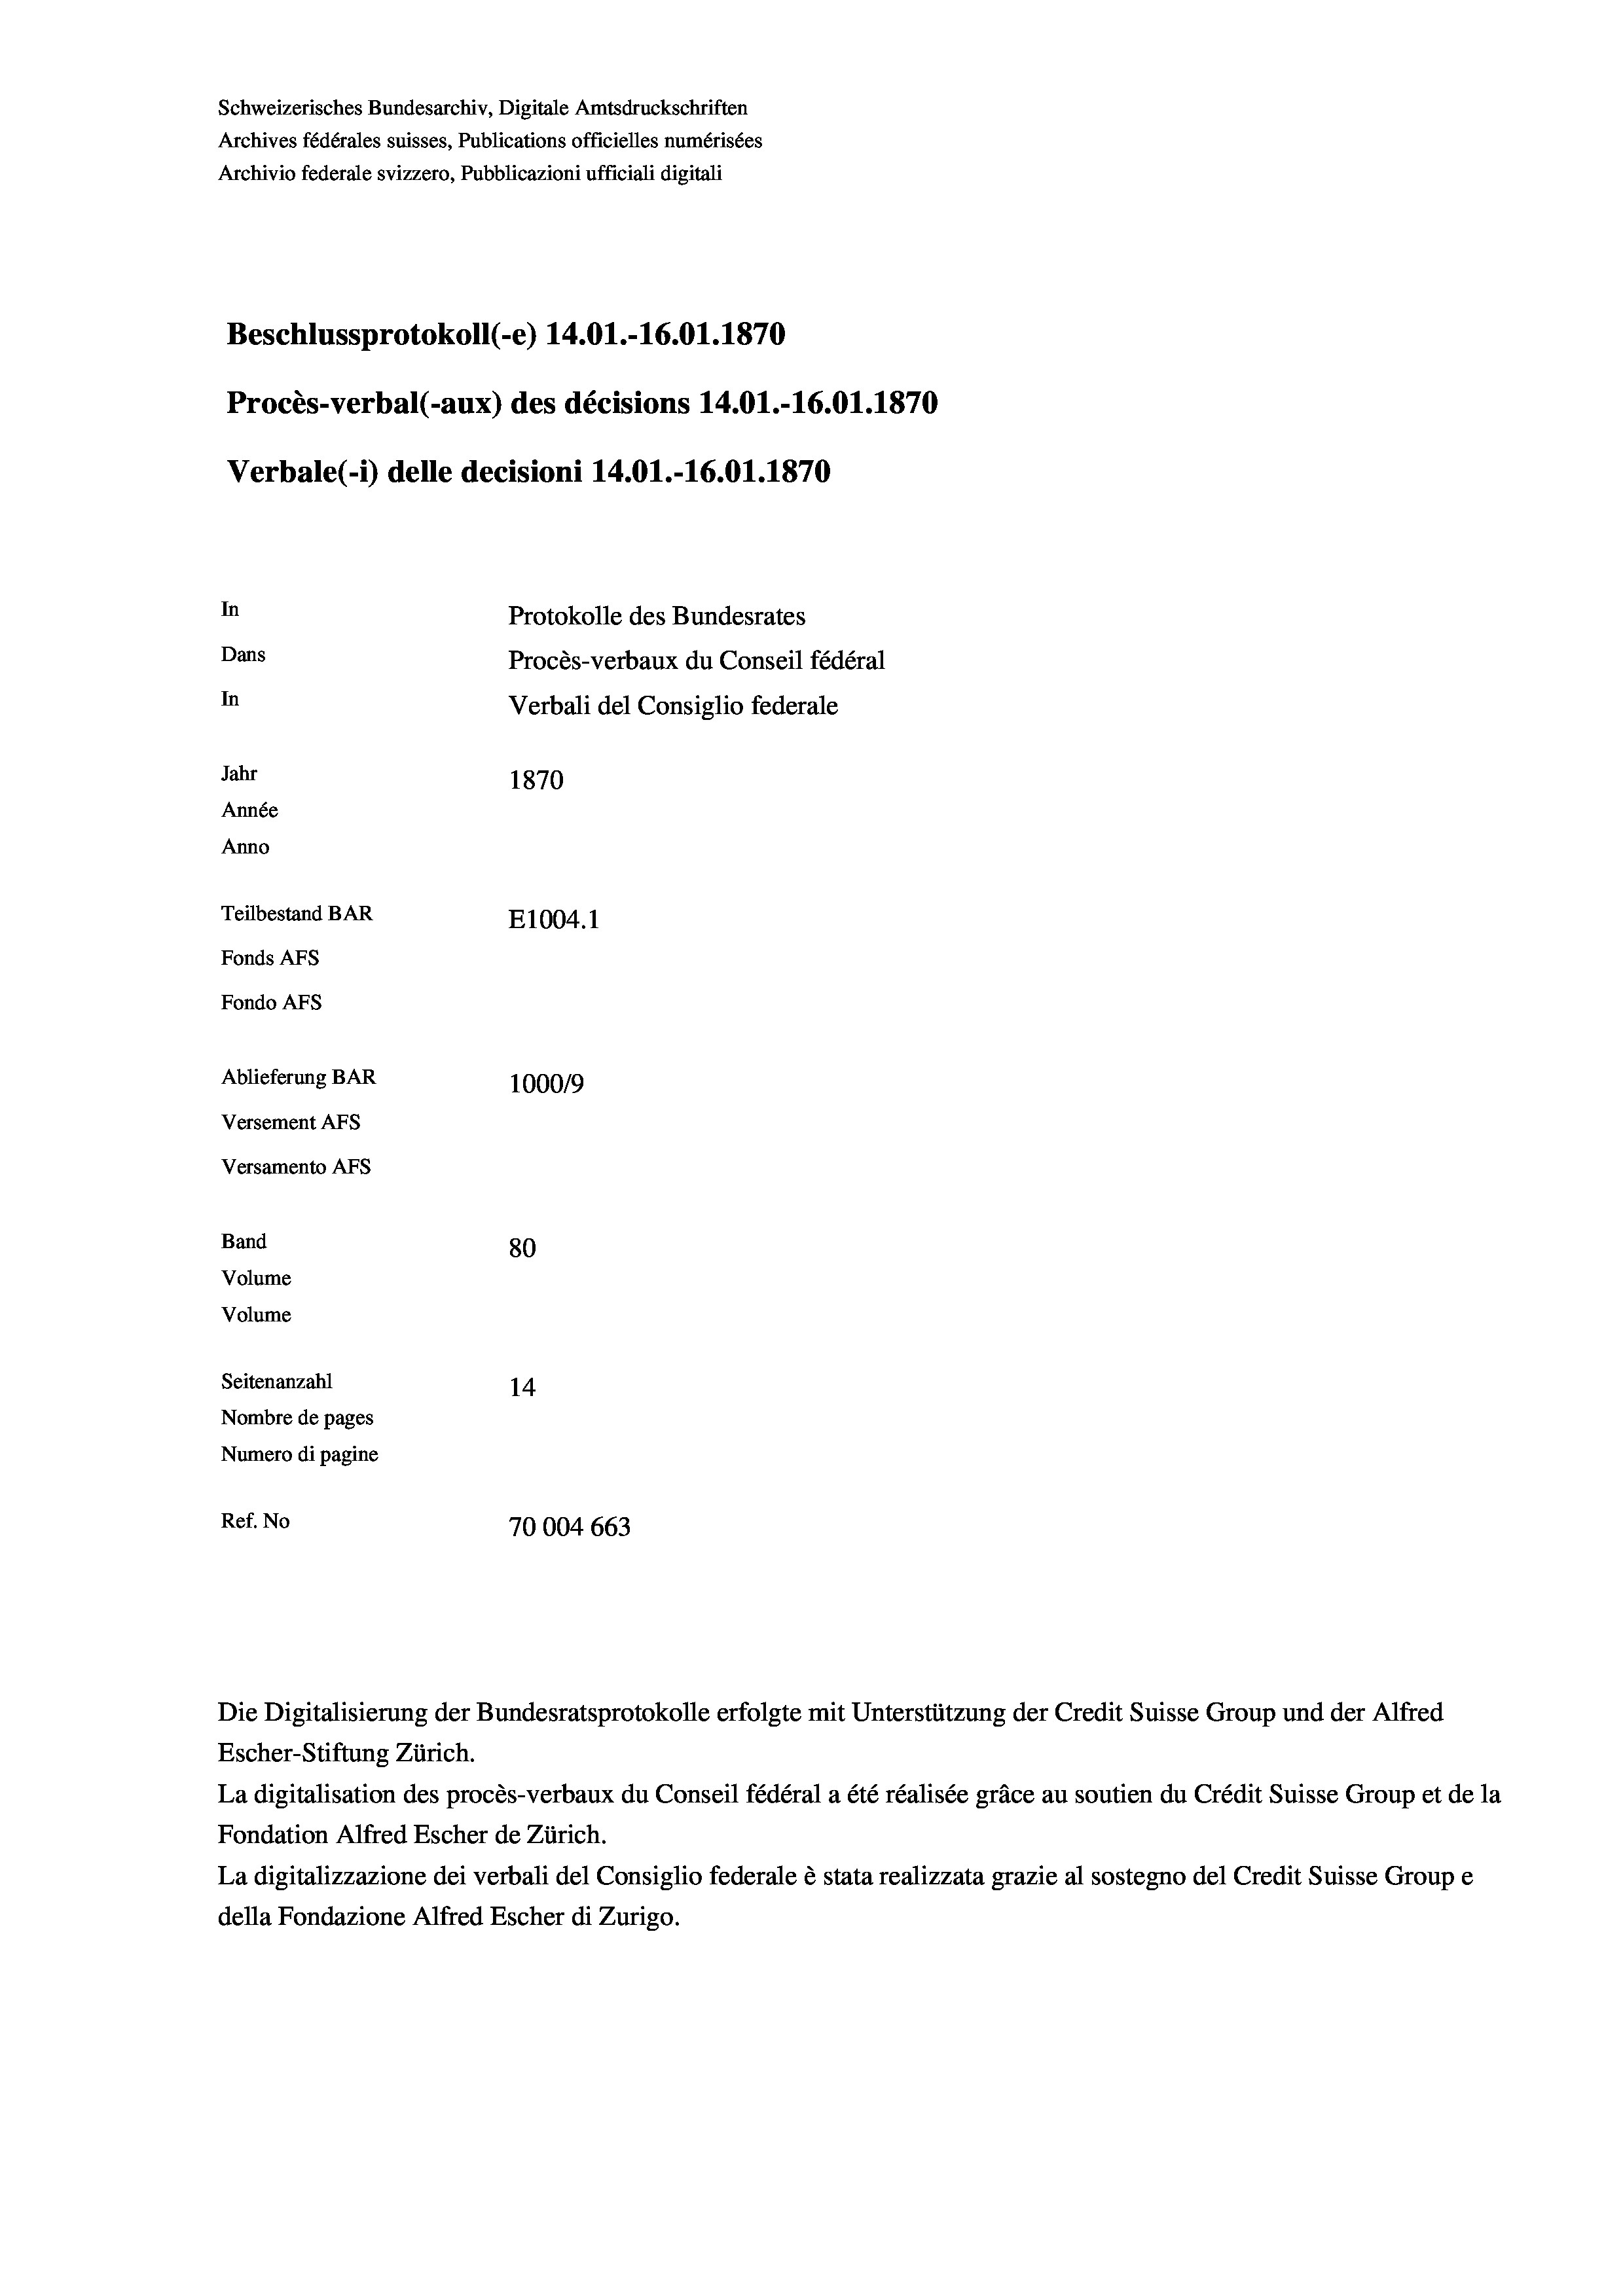
Schweizerisches Bundesarchiv, Digitale Amtsdruckschriften
Archives fédérales suisses, Publications officielles numérisées
Archivio federale svizzero, Pubblicazioni ufficiali digitali
Beschlussprotokoll (-e) 14.01.-16.01. 1870
Procès-verbal (-aux) des décisions 14.01.-16.01. 1870
Verbale(-*) delle decisioni 14.01.-16.01. 1870
In
Protokolle des Bundesrates
Dans
Procès-verbaux du Conseil fédéral
In
Verbali del Consiglio federale
Jahr
1870
Année
Anno
Teilbestand BAR
E1004.1
Fonds AFs
Fondo Afs
Ablieferung BAR
100019
Versement AFs
Versamento AFs
Band
80
Volume
Volume

Seitenanzahl
14
Nombre de pages
Numero di pagine
Ref. No
70004 663

Escher-Stiftung Zürich.
La digitalisation des procès-verbaux du Conseil fédéral a été réalisée gräce au soutien du Crédit Suisse Group et de la
Fondation Alfred Escher de Zürich.
La digitalizzazione dei verbali del Consiglio federale è stata realizzata grazie al sostegno del Credit Suisse Groupe
della Fondazione Alfred Escher di Zurigo.

Die Digitalisierung der Bundesratsprotokolle erfolgte mit Unterstützung der Credit Suisse Group und der Alfred